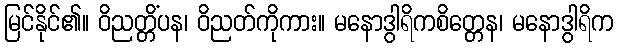
မြင်နိုင်၏။ ဝိညတ္တိံပန၊ ဝိညတ်ကိုကား။ မနောဒွါရိကစိတ္တေန၊ မနောဒွါရိက